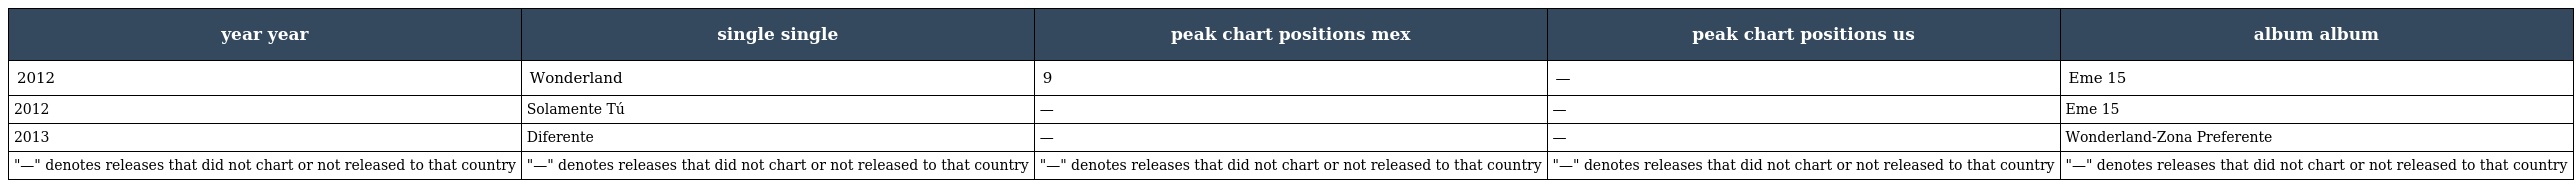
| year year | single single | peak chart positions mex | peak chart positions us | album album |
 | --- | --- | --- | --- | --- |
 | 2012 | Wonderland | 9 | — | Eme 15 |
 | 2012 | Solamente Tú | — | — | Eme 15 |
 | 2013 | Diferente | — | — | Wonderland-Zona Preferente |
 | "—" denotes releases that did not chart or not released to that country | "—" denotes releases that did not chart or not released to that country | "—" denotes releases that did not chart or not released to that country | "—" denotes releases that did not chart or not released to that country | "—" denotes releases that did not chart or not released to that country |